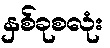
နှစ်ခုစလုံး